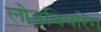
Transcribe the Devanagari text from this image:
लोडबियरिंग